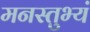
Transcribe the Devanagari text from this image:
मनस्तुभ्यं